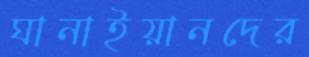
ঘানাইয়ানদের